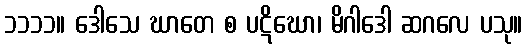
၁၁၁၁။ ဒေါသေ ဃာတေ စ ပဋိဃော၊ မိဂါဒေါ ဆဂလေ ပသု။